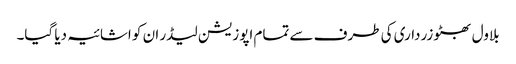
بلاول بھٹو زرداری کی طرف سے تمام اپوزیشن لیڈر ان کو اشائیہ دیا گیا۔